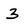
Character: 3